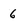
Character: 6